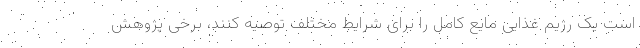
است یک رژیم غذایی مایع کامل را برای شرایط مختلف توصیه کنند، برخی پژوهش